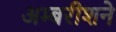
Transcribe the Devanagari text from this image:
अम्बरीशने